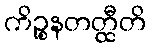
ကိဉ္စနတတ္ထီတိ